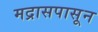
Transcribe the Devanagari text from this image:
मद्रासपासून